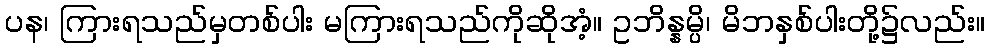
ပန၊ ကြားရသည်မှတစ်ပါး မကြားရသည်ကိုဆိုအံ့။ ဥဘိန္နမ္ပိ၊ မိဘနှစ်ပါးတို့၌လည်း။